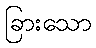
ခြားသော